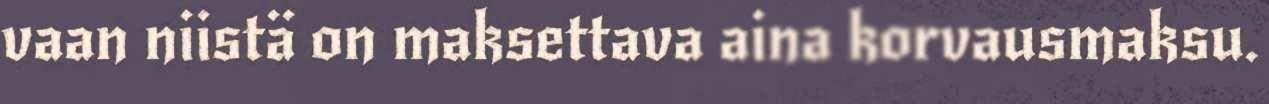
vaan niistä on maksettava aina korvausmaksu.